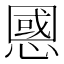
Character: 𢠝